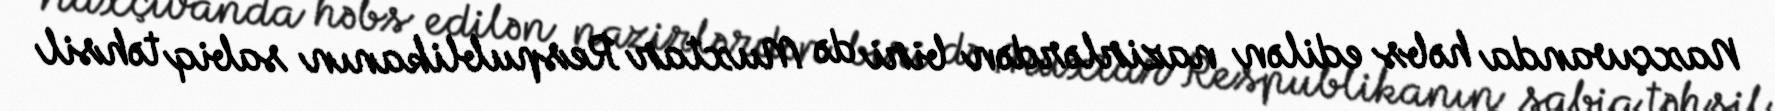
Naxçıvanda həbs edilən nazirlərdən biri də Muxtar Respublikanın sabiq təhsil